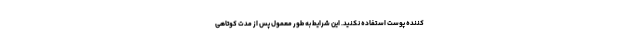
کننده پوست استفاده نکنید. این شرایط به طور معمول پس از مدت کوتاهی